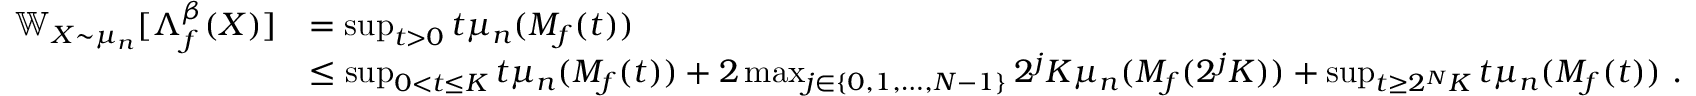
\begin{array} { r l } { \mathbb { W } _ { X \sim \mu _ { n } } [ \Lambda _ { f } ^ { \beta } ( X ) ] } & { = \operatorname* { s u p } _ { t > 0 } t \mu _ { n } ( M _ { f } ( t ) ) } \\ & { \leq \operatorname* { s u p } _ { 0 < t \leq K } t \mu _ { n } ( M _ { f } ( t ) ) + 2 \operatorname* { m a x } _ { j \in \{ 0 , 1 , \dots , N - 1 \} } 2 ^ { j } K \mu _ { n } ( M _ { f } ( 2 ^ { j } K ) ) + \operatorname* { s u p } _ { t \geq 2 ^ { N } K } t \mu _ { n } ( M _ { f } ( t ) ) ~ . } \end{array}